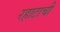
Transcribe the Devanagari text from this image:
रहाटाची